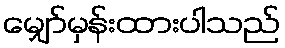
မျှော်မှန်းထားပါသည်